Civil Veterinary Department Bihar reports 1936-40 - 1936-1940
Year: 1936
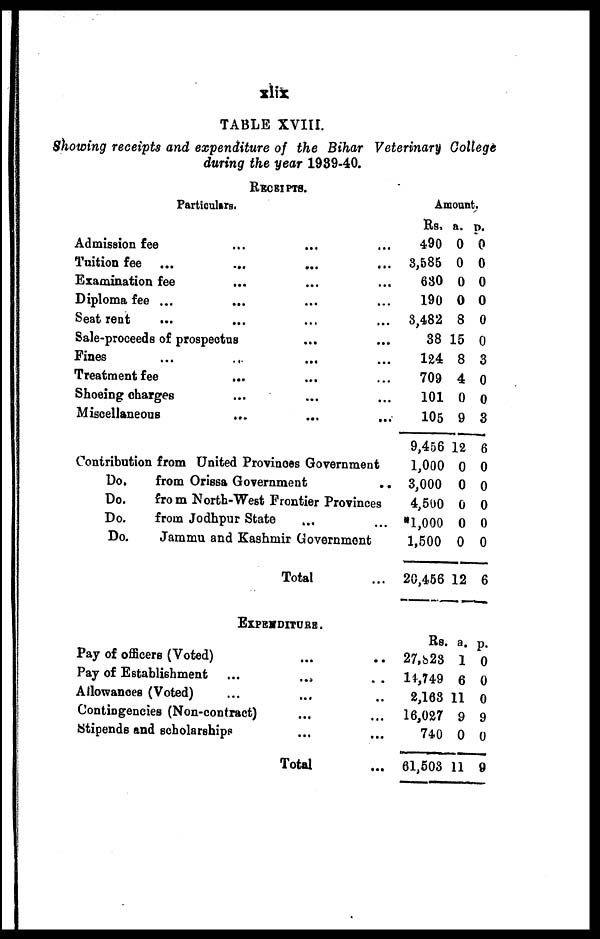
xlix
TABLE XVIII.
Showing receipts and expenditure of the Bihar Veterinary College
during the year 1939-40.
RECEIPTS.
Particulars.
Admission fee ... ... ...
Tuition fee ... ... ... ...
Examination fee ... .... ...
Diploma fee ...
Seat rent ... ... ... ...
Sale-proceeds of prospectus ... ...
Fines ... ... ...
Treatment fee ... ... ...
Shoeing charges ... ... ...
Miscellaneous
... ... ...
Contribution from United Provinces Government
Do.
from Orissa Government ..
Do.
fro m North-West Frontier Provinces
Do.
from Jodhpur State ... ...
Do.
Jammu and Kashmir Government
Total ...
Amount.
Rs.
490
3,585
680
190
3,482
38
124
709
101
105
9,456
1,000
3,000
4,500
*1,000
1,500
20,456
a.
0
0
0
0
8
15
8
4
0
9
12
0
0
0
0
0
12
p.
0
0
0
0
0
0
3
0
0
3
6
0
0
0
0
0
6
EXPENDITURE.
Pay of officers (Voted) ... ...
Pay of Establishment ... ... ...
Allowances (Voted) ... ... ...
Contingencies (Non-contract) ... ... ...
Stipends and scholarships ... ... ...
Total ...
Rs.
27,823
14,749
2,168
16,027
740
61,508
a.
1
6
11
9
0
11
p.
0
0
0
9
0
9